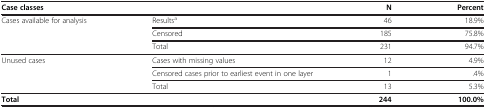
<table><thead><tr><td colspan="2"><b>Case classes</b></td><td><b>N</b></td><td><b>Percent</b></td></tr></thead><tbody><tr><td rowspan="3">Cases available for analysis</td><td>Results<sup>a</sup></td><td>46</td><td>18.9%</td></tr><tr><td>Censored</td><td>185</td><td>75.8%</td></tr><tr><td>Total</td><td>231</td><td>94.7%</td></tr><tr><td rowspan="3">Unused cases</td><td>Cases with missing values</td><td>12</td><td>4.9%</td></tr><tr><td>Censored cases prior to earliest event in one layer</td><td>1</td><td>.4%</td></tr><tr><td>Total</td><td>13</td><td>5.3%</td></tr><tr><td colspan="2"><b>Total</b></td><td><b>244</b></td><td><b>100.0%</b></td></tr></tbody></table>